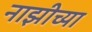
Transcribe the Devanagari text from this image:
नाझीच्या